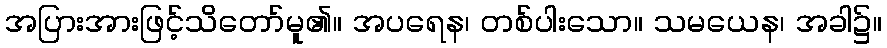
အပြားအားဖြင့်သိတော်မူ၏။ အပရေန၊ တစ်ပါးသော။ သမယေန၊ အခါ၌။